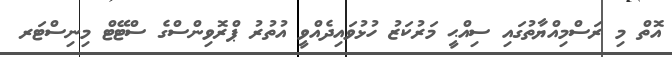
އޮތް މި ރަސްމިއްޔާތުގައި ސިއްޙީ މަރުކަޒު ހުޅުވައިދެއްވީ އުތުރު ޕްރޮވިންސްގެ ސްޓޭޓް މިނިސްޓަރ